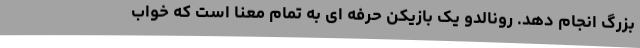
بزرگ انجام دهد. رونالدو یک بازیکن حرفه ای به تمام معنا است که خواب